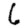
Digit: 6